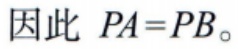
因此 \(PA = PB\)。